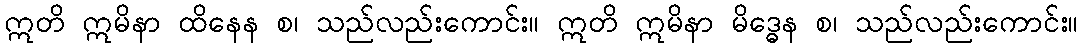
ဣတိ ဣမိနာ ထိနေန စ၊ သည်လည်းကောင်း။ ဣတိ ဣမိနာ မိဒ္ဓေန စ၊ သည်လည်းကောင်း။